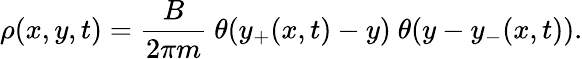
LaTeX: \rho(x,y,t)={\frac{B}{2\pi m}}\ \theta(y_{+}(x,t)-y)\ \theta(y-y_{-}(x,t)).